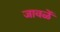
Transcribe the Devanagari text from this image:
जावळें